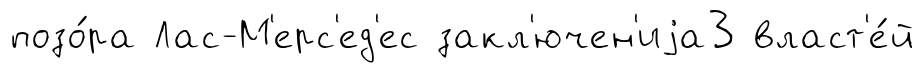
позо́ра Лас-М'ерс'ед'ес закл'ючен'иjа3 власт'е́й